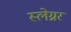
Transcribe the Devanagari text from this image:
स्लेग्नर